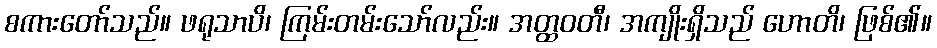
စကားတော်သည်။ ဖရုသာပိ၊ ကြမ်းတမ်းသော်လည်း။ အတ္ထဝတီ၊ အကျိုးရှိသည် ဟောတိ၊ ဖြစ်၏။